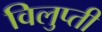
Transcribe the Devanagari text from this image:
विलुप्ती